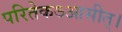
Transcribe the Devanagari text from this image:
परितेकऽआसीत्।